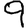
Digit: 9